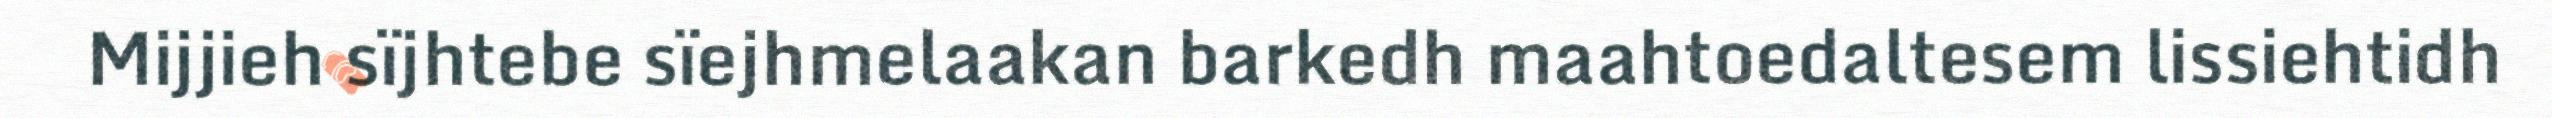
Mijjieh sïjhtebe sïejhmelaakan barkedh maahtoedaltesem lissiehtidh